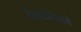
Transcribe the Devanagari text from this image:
बैज्ञानिको